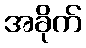
အခိုက်